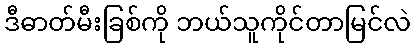
ဒီဓာတ်မီးခြစ်ကို ဘယ်သူကိုင်တာမြင်လဲ